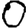
Digit: 0